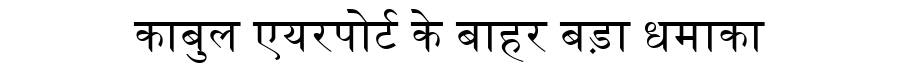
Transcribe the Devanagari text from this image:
काबुल एयरपोर्ट के बाहर बड़ा धमाका